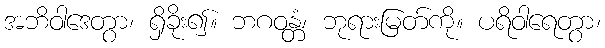
အဘိဝါဒေတွာ၊ ရှိခိုး၍။ ဘဂဝန္တံ၊ ဘုရားမြတ်ကို။ ပရိဝါရေတွာ၊